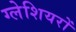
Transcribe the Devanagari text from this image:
ग्‍लेशियरों